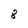
Character: 8